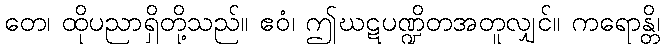
တေ၊ ထိုပညာရှိတို့သည်။ ဧဝံ၊ ဤဃဋပဏ္ဍိတအတူလျှင်။ ကရောန္တိ၊